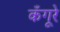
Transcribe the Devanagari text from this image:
कँगूरे